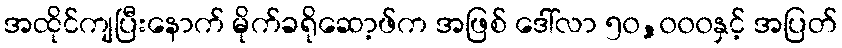
အထိုင်ကျပြီးနောက် မိုက်ခရိုဆော့ဖ်က အဖြစ် ဒေါ်လာ ၅၀,၀၀၀နှင့် အပြတ်